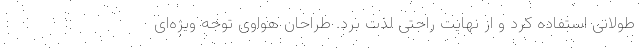
طولانی استفاده کرد و از نهایت راحتی لذت برد. طراحان هواوی توجه ویژه‌ای